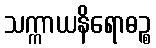
သက္ကာယနိရောဓဉ္စ